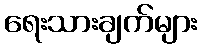
ရေးသားချက်များ